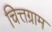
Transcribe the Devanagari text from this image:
चित्तग्राम